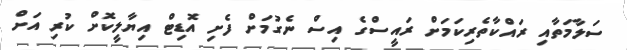
ސަލާމަތާއި ރައްކާތެރިކަމަށް ރައީސްގެ އިސް ނެގުމަށް ފެށި އޮޑިޓް އިޔާލީކޮށް ކުރި އަށް